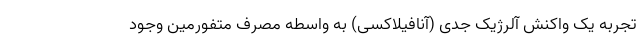
تجربه یک واکنش آلرژیک جدی (آنافیلاکسی) به واسطه مصرف متفورمین وجود